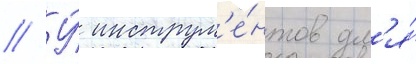
// У́ инструм'е́нтов дл'я́